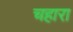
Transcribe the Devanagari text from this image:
चहारा